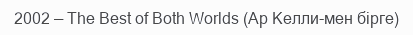
2002 — The Best of Both Worlds (Ар Келли-мен бірге)